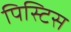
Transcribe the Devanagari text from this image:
पिस्टिस